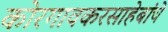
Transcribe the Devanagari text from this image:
कोरगावकरसाहेबांचे